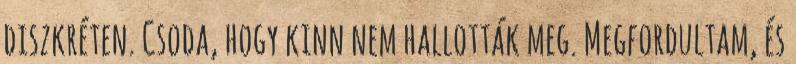
diszkréten. Csoda, hogy kinn nem hallották meg. Megfordultam, és